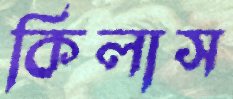
কিলাস